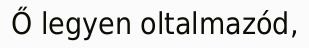
Ő legyen oltalmazód,